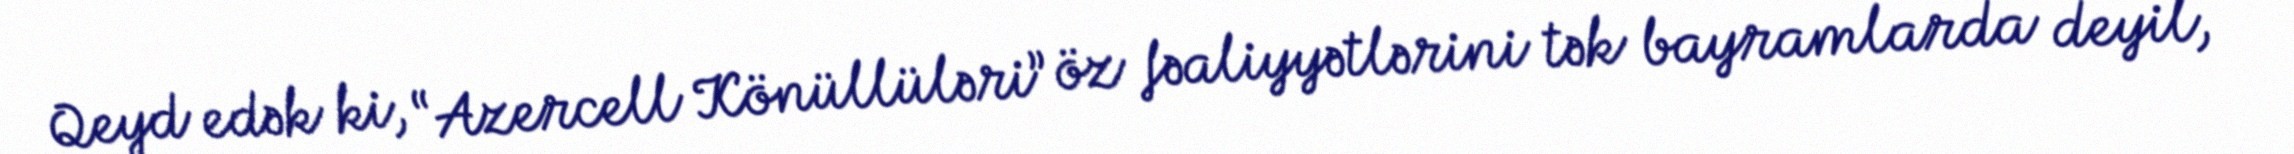
Qeyd edək ki, “Azercell Könüllüləri” öz fəaliyyətlərini tək bayramlarda deyil,